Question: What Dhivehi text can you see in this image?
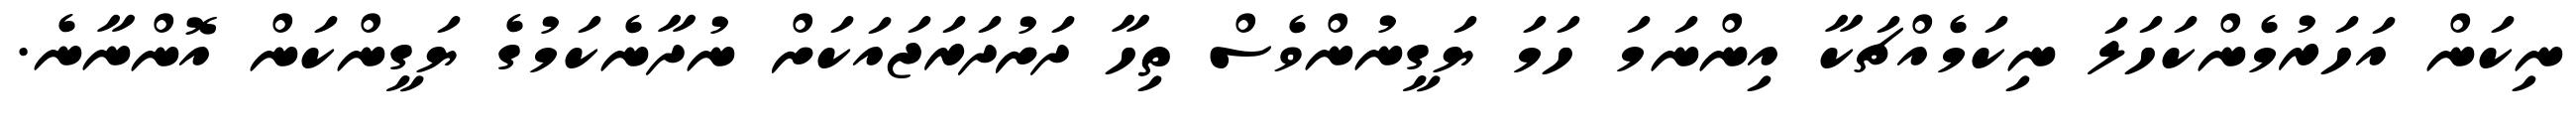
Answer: ނިކަން އަހަރުމެންކަހަލަ ނިކަމެއްޗަކާ އިންނަމަ ހަމަ ޔަގީނުންވެސް ތިހާ ދަށުދަރަޖައަކަށް ނުދާނެކަމުގެ ޔަގީންކަން އޮންނާނެ.